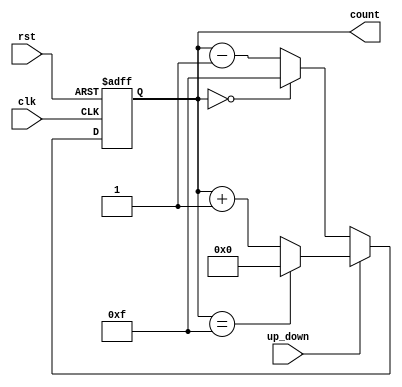
module UpDownCounter #(
    parameter WIDTH = 4  // Define the width of the counter (number of bits)
)(
    input wire clk,          // Clock input
    input wire rst,          // Asynchronous reset input
    input wire up_down,      // Up/Down control signal
    output reg [WIDTH-1:0] count // Counter output
);

// Asynchronous reset and counting logic
always @(posedge clk or posedge rst) begin
    if (rst) begin
        count <= 0; // Reset the counter to zero
    end else begin
        if (up_down) begin
            // Count up
            if (count == (2**WIDTH - 1)) begin
                count <= 0; // Wrap around to zero
            end else begin
                count <= count + 1; // Increment the counter
            end
        end else begin
            // Count down
            if (count == 0) begin
                count <= (2**WIDTH - 1); // Wrap around to max value
            end else begin
                count <= count - 1; // Decrement the counter
            end
        end
    end
end

endmodule